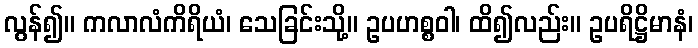
လွန်၍။ ကလာလံကိရိယံ၊ သေခြင်းသို့။ ဥပဟစ္စဝါ၊ ထိ၍လည်း။ ဥပရိဋ္ဌိမာနံ၊